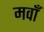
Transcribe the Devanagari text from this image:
मवाँ